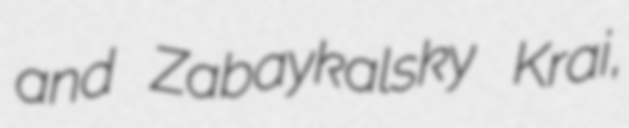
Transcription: and Zabaykalsky Krai,